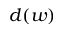
d ( w )